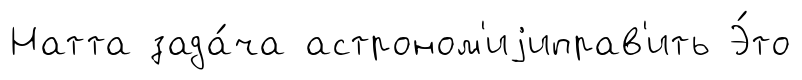
Натта зада́ча астроном'иjиправ'ить Э́то